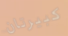
كبيرتان